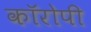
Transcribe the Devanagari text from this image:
कॉरोपी